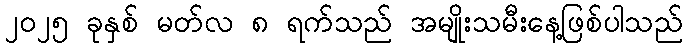
၂၀၂၅ ခုနှစ် မတ်လ ၈ ရက်သည် အမျိုးသမီးနေ့ဖြစ်ပါသည်